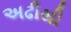
અઢીથી